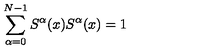
\sum _ { \alpha = 0 } ^ { N - 1 } S ^ { \alpha } ( x ) S ^ { \alpha } ( x ) = 1